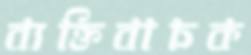
ব্যক্তিবাচক